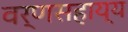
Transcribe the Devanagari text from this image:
वर्णसहाय्य